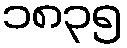
၁၈၃၅